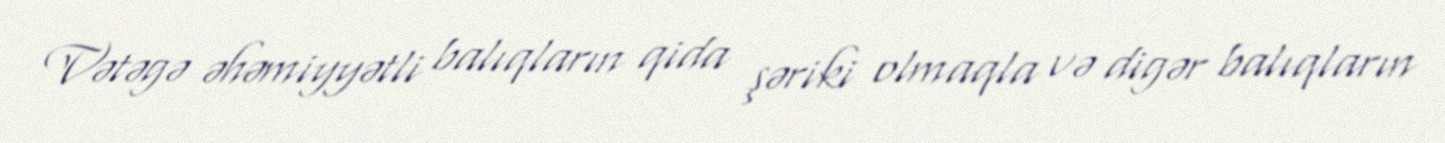
Vətəgə əhəmiyyətli balıqların qida şəriki olmaqla və digər balıqların